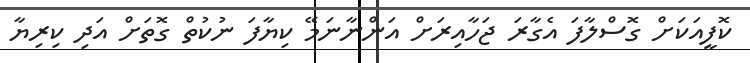
ކޮފީއަކަށް ގޮސްލާފަ އެގާރަ ޖަހާއިރަށް އަންނާނަމޭ ކިޔާފަ ނުކުތް ގޮތަށް އަދި ކިރިޔާ